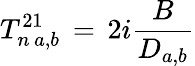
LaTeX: T_{n\, a,b}^{21}\, =\, 2i\frac{B}{D_{a,b}}